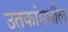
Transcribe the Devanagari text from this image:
उतकांमधील